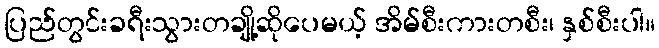
ပြည်တွင်းခရီးသွားတချို့ဆိုပေမယ့် အိမ်စီးကားတစီး၊ နှစ်စီးပါ။